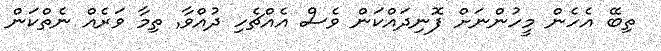
ތިބޭ އެހެން މީހުންނަށް ފޮނިދައްކަން ވެސް އެއްޗެހި ދުއްވާ